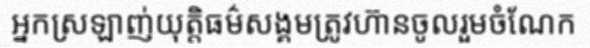
អ្នកស្រឡាញ់យុត្តិធម៌សង្គមត្រូវហ៊ានចូលរួមចំណែក